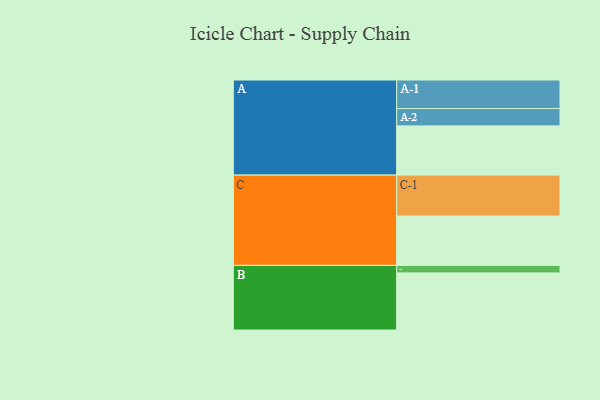
{"axis": {"x": "Segment", "y": "Value"}, "legend": ["", "A", "B", "C"], "data": [{"x": "A", "y": 326, "type": ""}, {"x": "B", "y": 378, "type": ""}, {"x": "C", "y": 327, "type": ""}, {"x": "A-1", "y": 189, "type": "A"}, {"x": "A-2", "y": 115, "type": "A"}, {"x": "B-1", "y": 50, "type": "B"}, {"x": "C-1", "y": 271, "type": "C"}]}